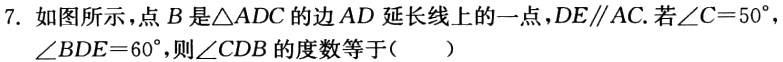
7. 如图所示，点\(B\)是\(\triangle ADC\)的边\(AD\)延长线上的一点，\(DE\parallel AC\). 若\(\angle C = 50^{\circ}\)，\(\angle BDE = 60^{\circ}\)，则\(\angle CDB\)的度数等于（  ）